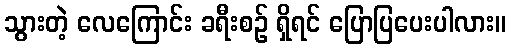
သွားတဲ့ လေကြောင်း ခရီးစဉ် ရှိရင် ပြောပြပေးပါလား။